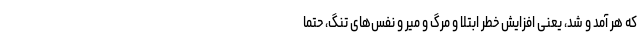
که هر آمد و شد، یعنی افزایش خطر ابتلا و مرگ و میر و نفس‌های تنگ، حتما